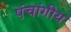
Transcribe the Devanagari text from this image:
पंचांगीय